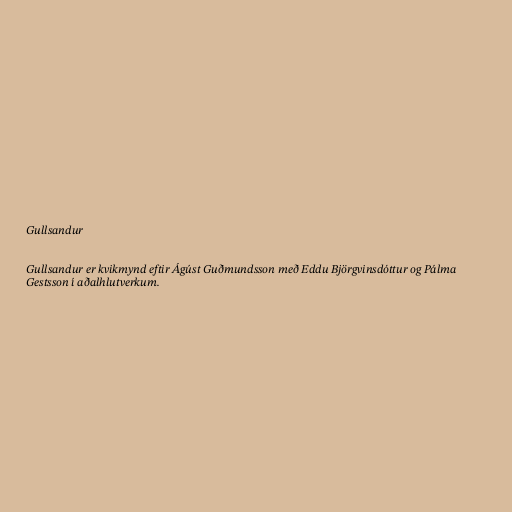
Gullsandur

Gullsandur er kvikmynd eftir Ágúst Guðmundsson með Eddu Björgvinsdóttur og Pálma
Gestsson í aðalhlutverkum.